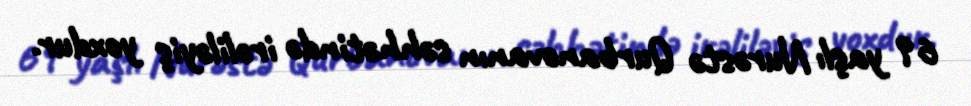
69 yaşlı Nurəstə Qurbanovanın səhhətində irəliləyiş yoxdur.